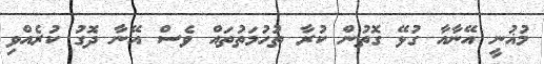
މުޣުނީ އޭނާއާ ގުޅޭ ގޮތުން ކުރާ ތުހުމަތުތައް ވެސް އޭނާ ދޮގު ކުރެއްވި